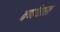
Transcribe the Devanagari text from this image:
वर्णवाल